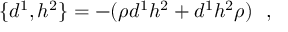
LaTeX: \{ d ^ { 1 } , h ^ { 2 } \} = - ( \rho d ^ { 1 } h ^ { 2 } + d ^ { 1 } h ^ { 2 } \rho ) \ \ ,